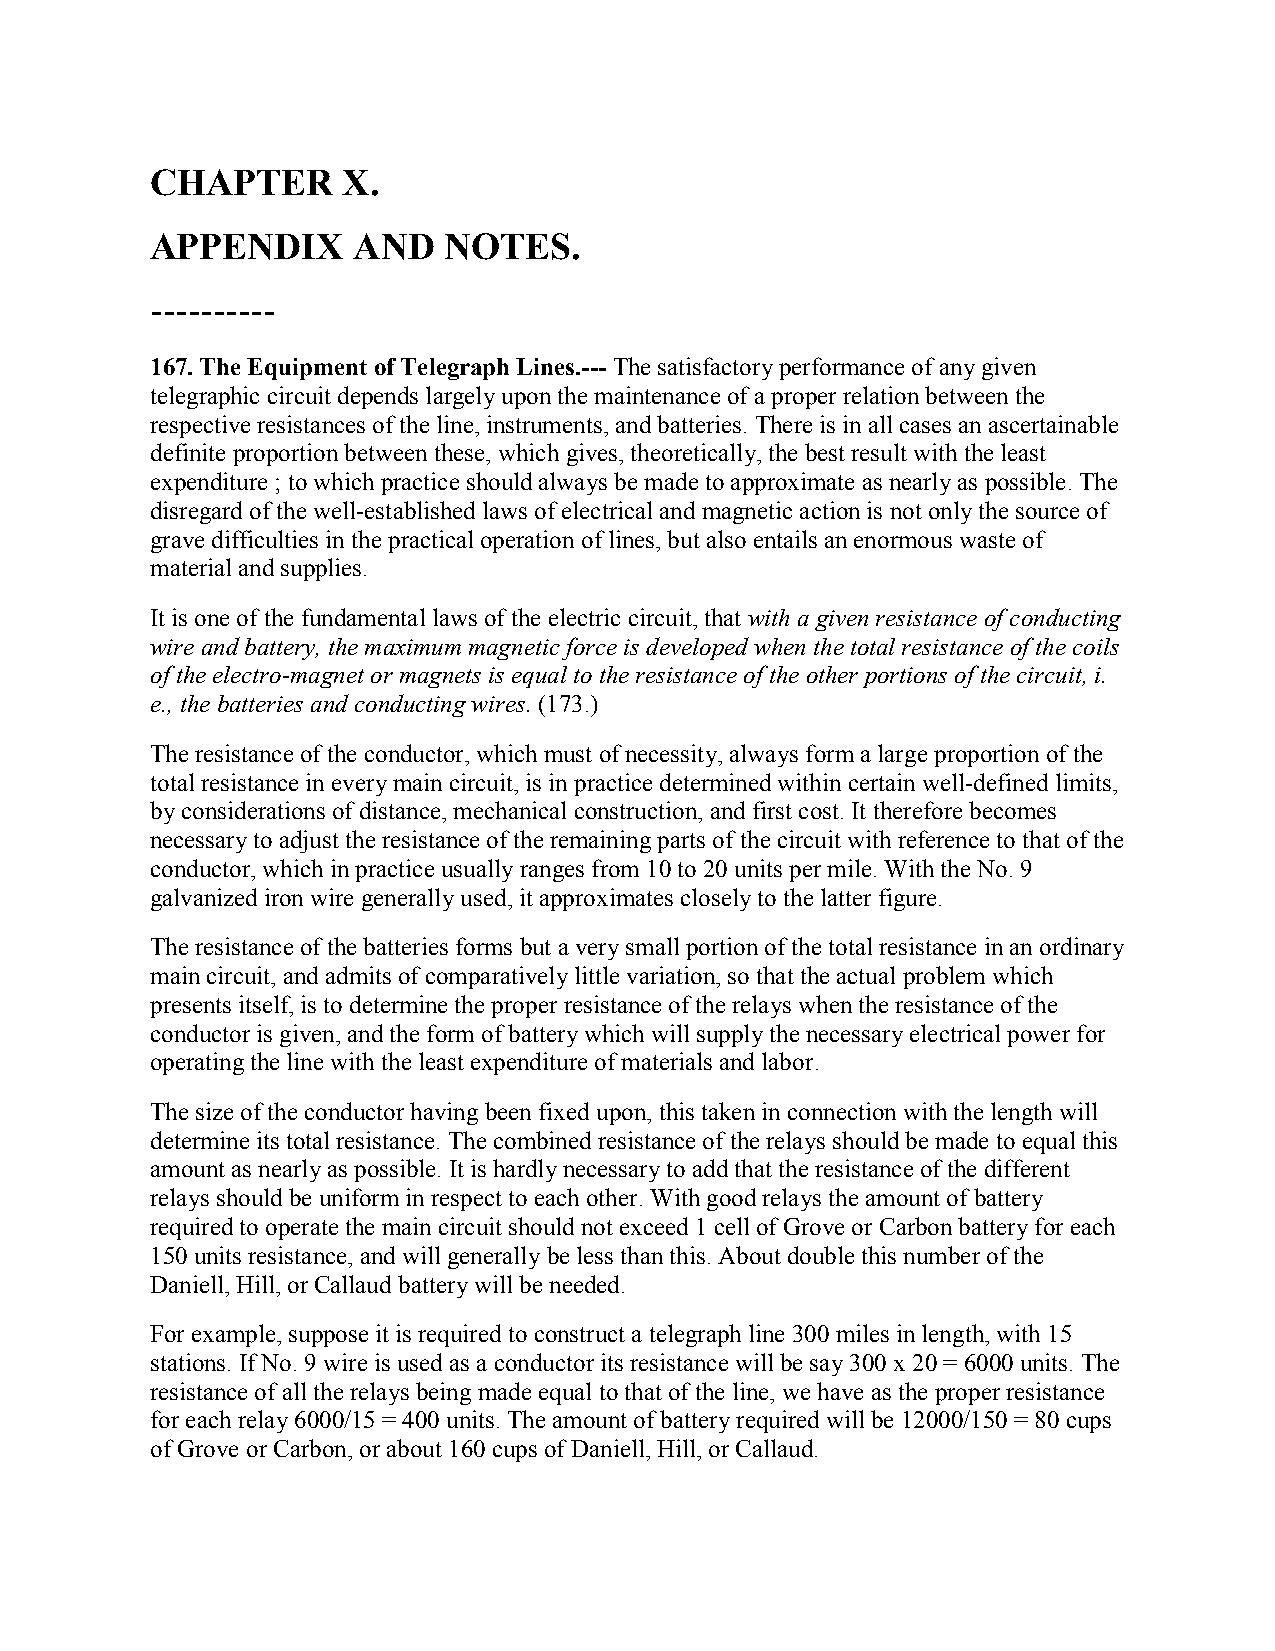
CHAPTER      X.
 APPENDIX     AND   NOTES.
 ----------
 167. The Equipment of Telegraph Lines.--- The satisfactory performance of any given
 telegraphic circuit depends largely upon the maintenance of a proper relation between the
 respective resistances of the line, instruments, and batteries. There is in all cases an ascertainable
 definite proportion between these, which gives, theoretically, the best result with the least
 expenditure ; to which practice should always be made to approximate as nearly as possible. The
 disregard of the well-established laws of electrical and magnetic action is not only the source of
 grave difficulties in the practical operation of lines, but also entails an enormous waste of
 material and supplies.
 It is one of the fundamental laws of the electric circuit, that with a given resistance of conducting
 wire and battery, the maximum magnetic force is developed when the total resistance of the coils
 of the electro-magnet or magnets is equal to the resistance of the other portions of the circuit, i.
 e., the batteries and conducting wires. (173.)
 The resistance of the conductor, which must of necessity, always form a large proportion of the
 total resistance in every main circuit, is in practice determined within certain well-defined limits,
 by considerations of distance, mechanical construction, and first cost. It therefore becomes
 necessary to adjust the resistance of the remaining parts of the circuit with reference to that of the
 conductor, which in practice usually ranges from 10 to 20 units per mile. With the No. 9
 galvanized iron wire generally used, it approximates closely to the latter figure.
 The resistance of the batteries forms but a very small portion of the total resistance in an ordinary
 main circuit, and admits of comparatively little variation, so that the actual problem which
 presents itself, is to determine the proper resistance of the relays when the resistance of the
 conductor is given, and the form of battery which will supply the necessary electrical power for
 operating the line with the least expenditure of materials and labor.
 The size of the conductor having been fixed upon, this taken in connection with the length will
 determine its total resistance. The combined resistance of the relays should be made to equal this
 amount as nearly as possible. It is hardly necessary to add that the resistance of the different
 relays should be uniform in respect to each other. With good relays the amount of battery
 required to operate the main circuit should not exceed 1 cell of Grove or Carbon battery for each
 150 units resistance, and will generally be less than this. About double this number of the
 Daniell, Hill, or Callaud battery will be needed.
 For example, suppose it is required to construct a telegraph line 300 miles in length, with 15
 stations. If No. 9 wire is used as a conductor its resistance will be say 300 x 20 = 6000 units. The
 resistance of all the relays being made equal to that of the line, we have as the proper resistance
 for each relay 6000/15 = 400 units. The amount of battery required will be 12000/150 = 80 cups
 of Grove or Carbon, or about 160 cups of Daniell, Hill, or Callaud.